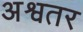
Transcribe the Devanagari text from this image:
अश्वतर